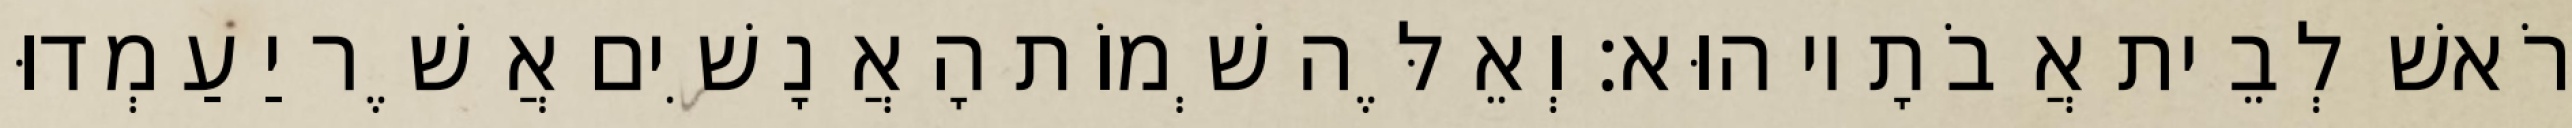
רֹאשׁ לְבֵית אֲבֹתָיו הוּא׃ וְאֵלֶּה שְׁמוֹת הָאֲנָשִׁים אֲשֶׁר יַעַמְדוּ